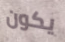
يكون